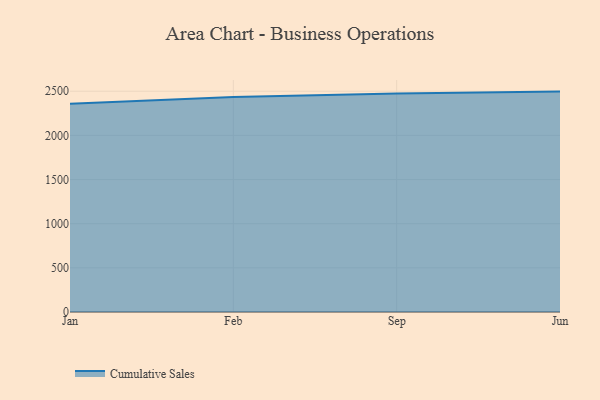
{"axis": {"x": "Month", "y": "Tickets Resolved"}, "legend": ["Cumulative Sales"], "data": [{"x": "Jan", "y": 2357.7, "type": "Cumulative Sales"}, {"x": "Feb", "y": 2435.6, "type": "Cumulative Sales"}, {"x": "Sep", "y": 2473.7, "type": "Cumulative Sales"}, {"x": "Jun", "y": 2495.8, "type": "Cumulative Sales"}]}